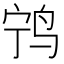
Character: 𫛢